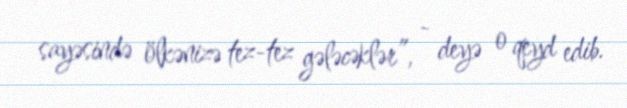
sayəsində ölkənizə tez-tez gələcəklər”, - deyə o qeyd edib.